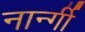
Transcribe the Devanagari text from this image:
नार्न्गी